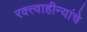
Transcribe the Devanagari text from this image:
रक्त्वाहीन्यांचे